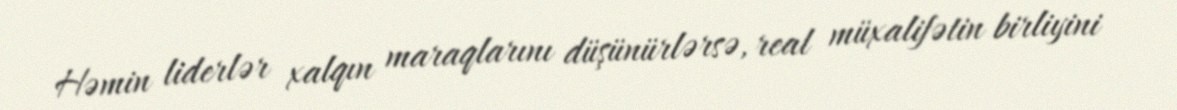
Həmin liderlər xalqın maraqlarını düşünürlərsə, real müxalifətin birliyini